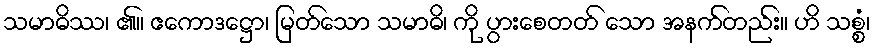
သမာဓိဿ၊ ၏။ ဧကောဒဋ္ဌော၊ မြတ်သော သမာဓိ၊ ကို ပွားစေတတ် သော အနက်တည်း။ ဟိ သစ္စံ၊